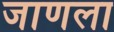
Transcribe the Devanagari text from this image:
जाणला